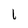
Character: 1